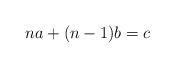
LaTeX: \begin{align*}na+(n-1)b=c\end{align*}